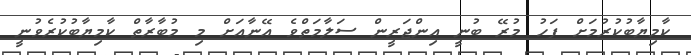
ކާމިޔާބުކުރުމަށް ފަހު މުރޭ ބުނީ އިންޖަރީން ސަލާމަތްވެ އޭނާއަށް މި މުބާރާތް ކާމިޔާބުކުރެވުނީ